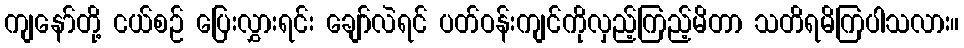
ကျနော်တို့ ငယ်စဉ် ပြေးလွှားရင်း ချော်လဲရင် ပတ်ဝန်းကျင်ကိုလှည့်ကြည့်မိတာ သတိရမိကြပါသလား။